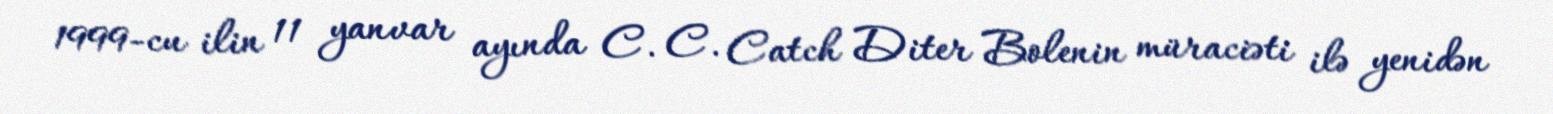
1999-cu ilin 11 yanvar ayında C. C. Catch Diter Bolenin müraciəti ilə yenidən